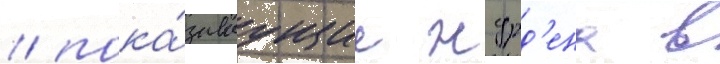
/ пока́зываущие журд'ена в